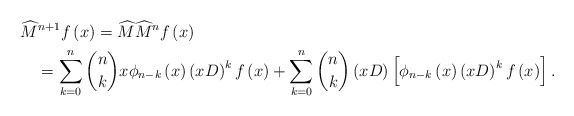
\begin{align*}& \widehat{M}^{n+1}f\left( x\right) =\widehat{M}\widehat{M}^{n}f\left(x\right) \\& \quad=\sum_{k=0}^{n}\binom{n}{k}x\phi_{n-k}\left( x\right) \left(xD\right) ^{k}f\left( x\right) +\sum_{k=0}^{n}\binom{n}{k}\left(xD\right) \left[ \phi_{n-k}\left( x\right) \left( xD\right) ^{k}f\left(x\right) \right] .\end{align*}